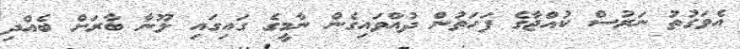
އެވަގުތު ނަރުސް ކުއްޖާގެ ފަހަތުން ދުއްވައިގެން ނާމީގެ ގައިގައި ލޫނާ ބާރަށް ބެއްދި